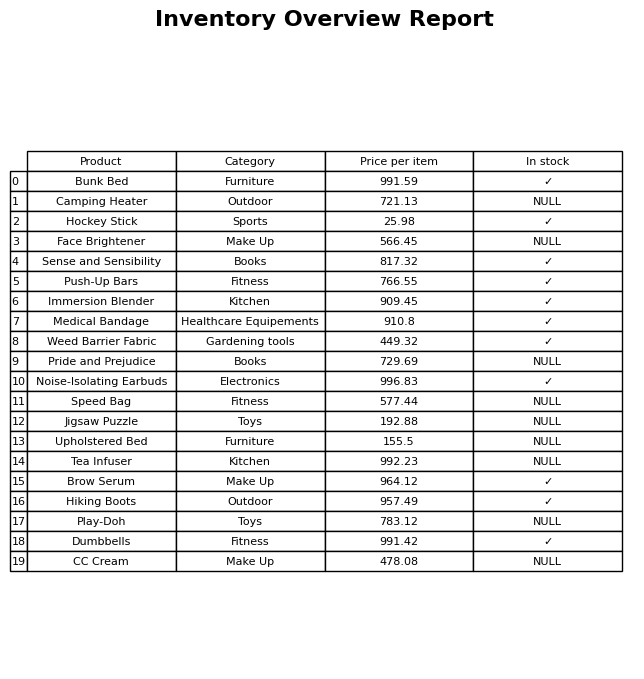
question: What is the stock status of the Pride and Prejudice?
answer: NULL